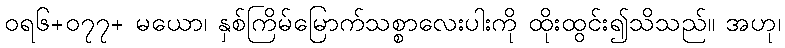
ဝရ၆+၀၇၇+ မယော၊ နှစ်ကြိမ်မြောက်သစ္စာလေးပါးကို ထိုးထွင်း၍သိသည်။ အဟု၊